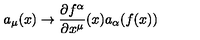
a _ { \mu } ( x ) \to \frac { \partial f ^ { \alpha } } { \partial x ^ { \mu } } ( x ) a _ { \alpha } ( f ( x ) )